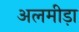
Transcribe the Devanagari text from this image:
अलमीड़ा